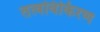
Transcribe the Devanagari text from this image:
तत्वविकिरण